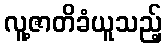
လူ့ဇာတိခံယူသည့်